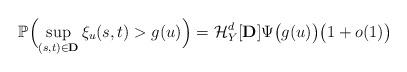
LaTeX: \begin{align*} \mathbb{P} \Bigl( \sup_{(s,t)\in\mathbf{ D} }\xi_u(s,t)>g(u) \Bigr) =\mathcal{H}_{Y}^d[\mathbf{ D} ]\Psi \bigl(g(u)\bigr) \bigl(1+o(1)\bigr)\end{align*}